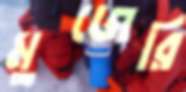
মুজেরি